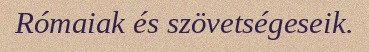
Rómaiak és szövetségeseik.